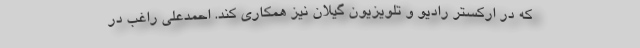
که در ارکستر رادیو و تلویزیون گیلان نیز همکاری کند. احمدعلی راغب در